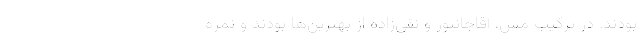
بودند. در ترکیب مس، آقاجانپور و نقی‌زاده از بهترین‌ها بودند و نمره